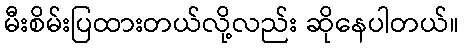
မီးစိမ်းပြထားတယ်လို့လည်း ဆိုနေပါတယ်။